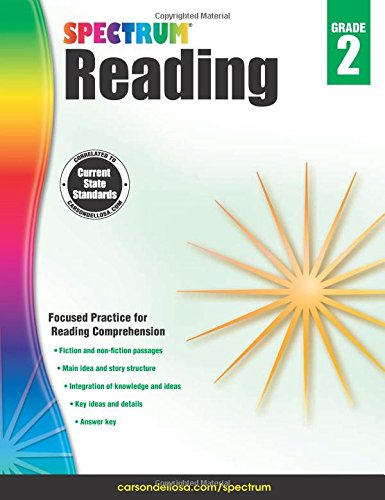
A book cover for Spectrum Reading Workbook, Grade 2; Children's Books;